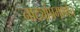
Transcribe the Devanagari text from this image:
नाट्यांप्रमाणेच